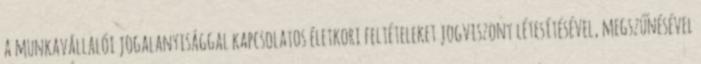
a munkavállalói jogalanyisággal kapcsolatos életkori feltételeket jogviszony létesítésével, megszűnésével